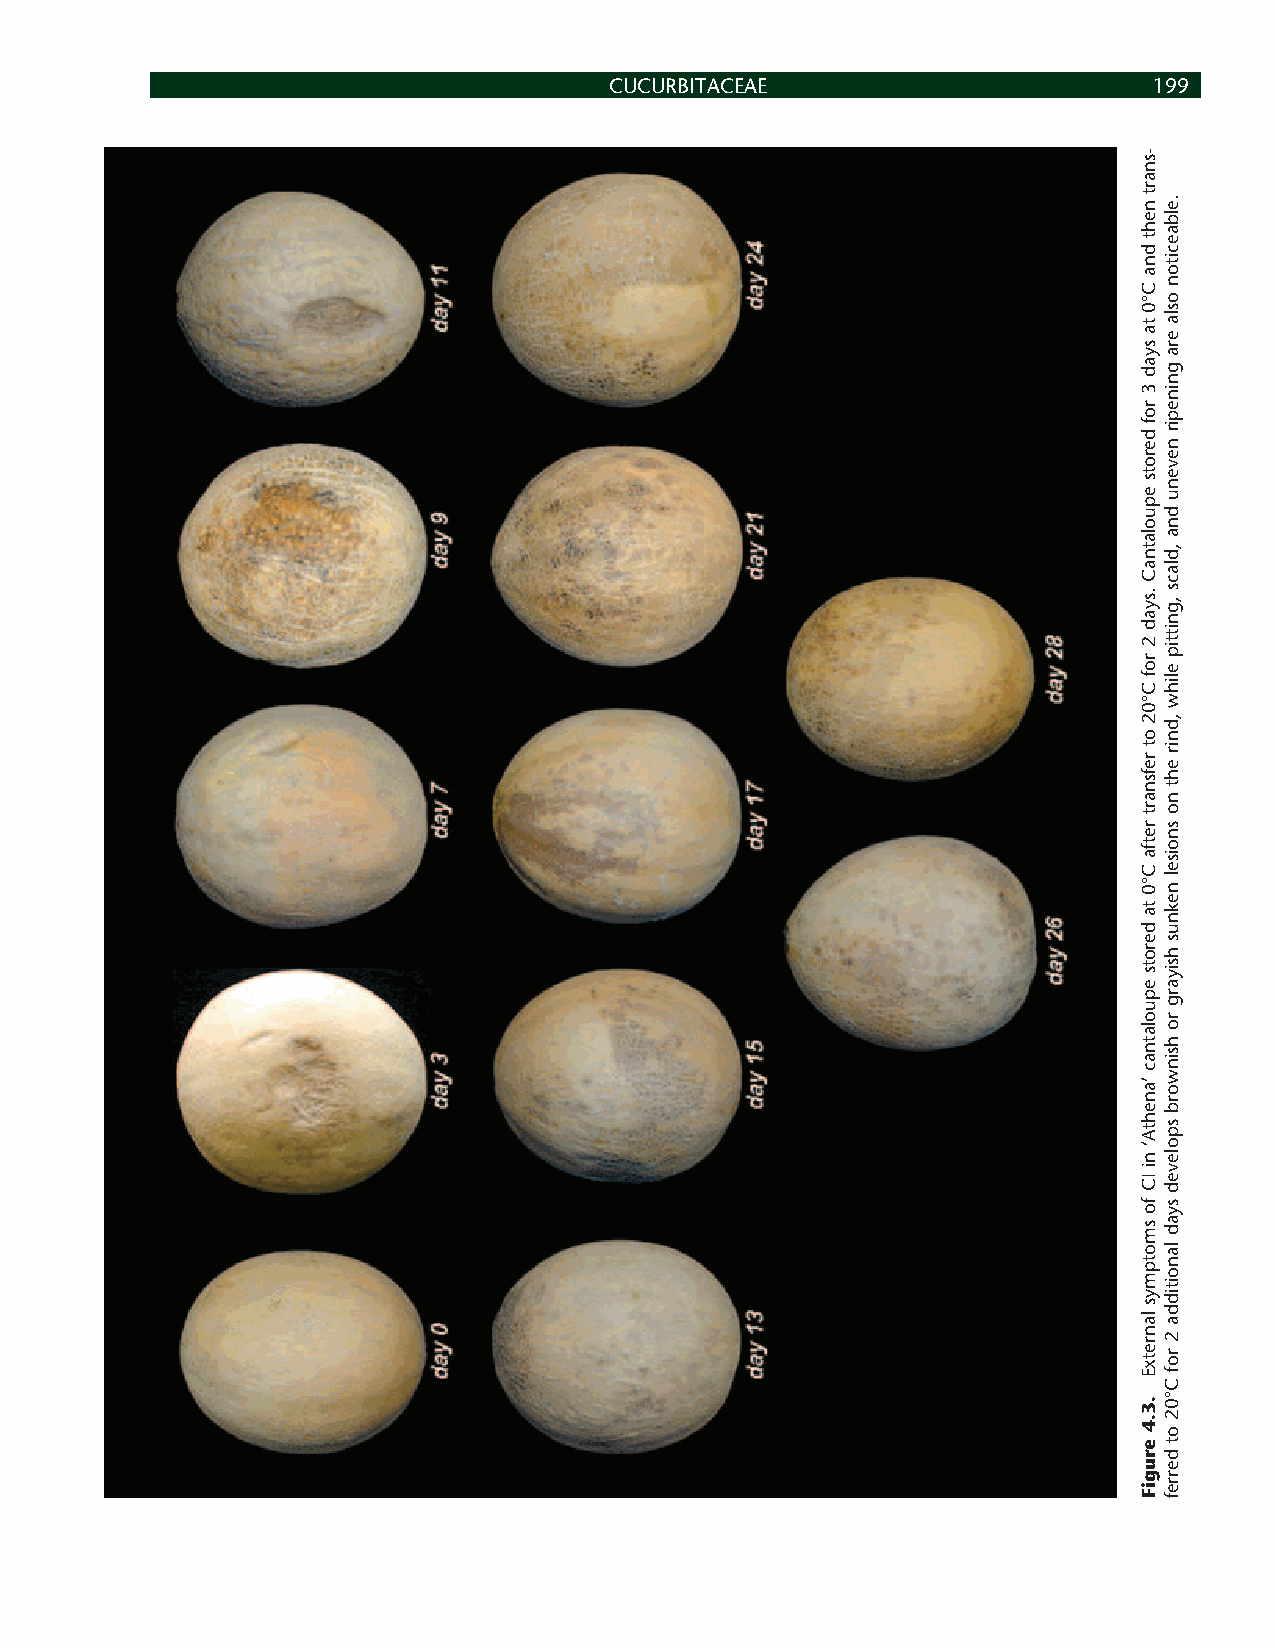
CUCURBITACEAE                       199
 -snart
 neht
 dna
 C°0
 ta
 syad
 3
 rof
 derots
 epuolatnaC
 .syad
 2
 rof
 C°02
 ot
 refsnart
 retfa
 C°0
 ta
 derots
 epuolatnac
 ’anehtA‘
 ni
 IC
 fo
 smotpmys
 lanretxE
 .3.4
 erugiF
 .elbaeciton
 osla
 era
 gninepir
 nevenu
 dna
 ,dlacs
 ,gnittip
 elihw
 ,dnir
 eht
 no
 snoisel
 neknus
 hsiyarg
 ro
 hsinworb
 spoleved
 syad
 lanoitidda
 2
 rof
 C°02
 ot
 derref